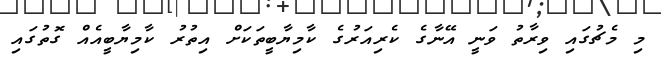
މި މެޗުގައި ވިރާތު ވަނީ އޭނާގެ ކެރިއަރުގެ ކާމިޔާބީތަކަށް އިތުރު ކާމިޔާބީއެއް ގޮތުގައި